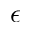
\epsilon